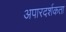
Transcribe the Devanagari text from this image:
अपारदर्शकता